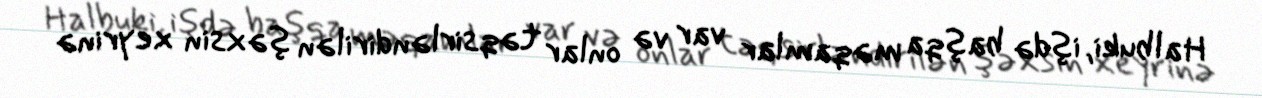
Halbuki, işdə başqa məqamlar var və onlar təqsirləndirilən şəxsin xeyrinə